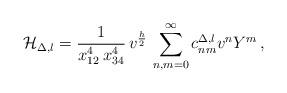
LaTeX: \begin{align*} {\cal H}_{\Delta, l} = \frac{1}{x_{12}^4 \, x_{34}^4} \,v^{\frac{h}{2}} \, \sum_{n,m=0}^\infty c^{\Delta, l}_{nm} v^n Y^m \, ,\end{align*}